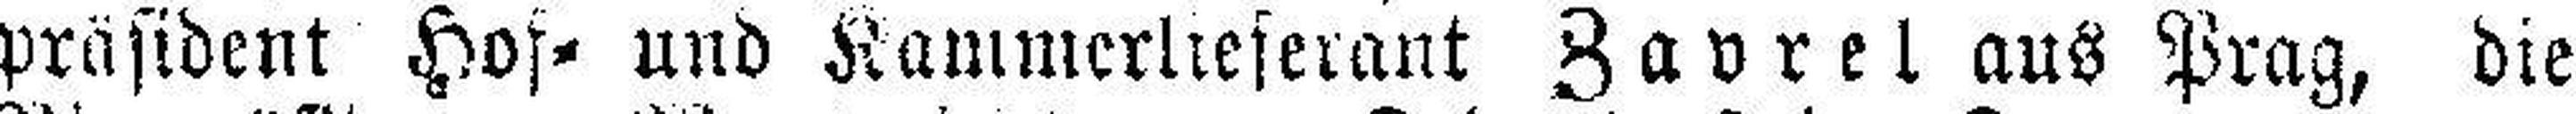
prasident Hof= und Kammerlieferant Zavrel aus Prag, die